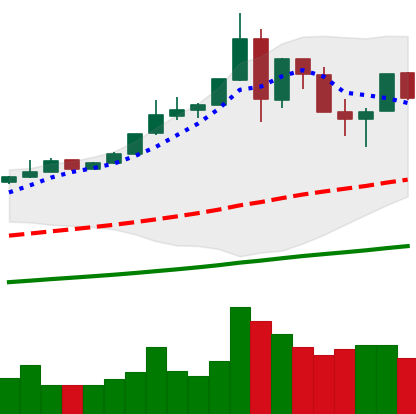
Ticker: BTC-USD
Chart end date: 2019-07-04
Forward return: 12.112%
Label: up_7plus